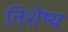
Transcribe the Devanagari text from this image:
निशेष्य